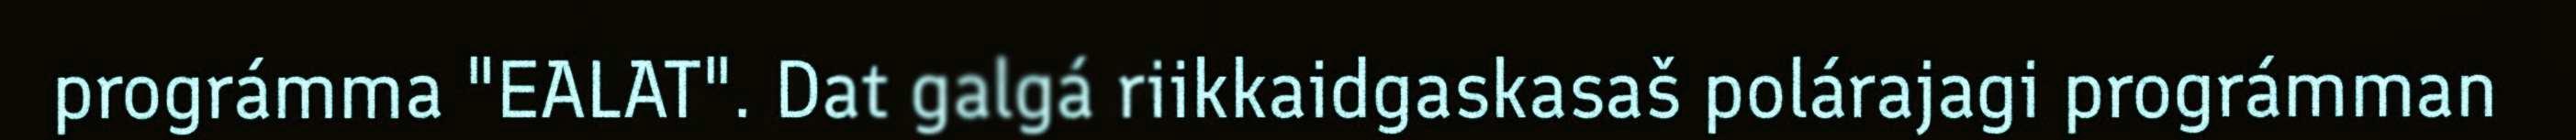
prográmma "EALAT". Dat galgá riikkaidgaskasaš polárajagi prográmman